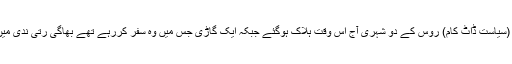
/10 جون (سیاست ڈاٹ کام) روس کے دو شہری آج اس وقت ہلاک ہوگئے جبکہ ایک گاڑی جس میں وہ سفر کررہے تھے بھاگی رتی ندی میں گرپڑی ۔